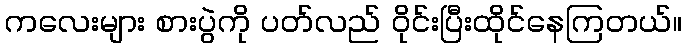
ကလေးများ စားပွဲကို ပတ်လည် ဝိုင်းပြီးထိုင်နေကြတယ်။